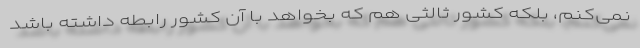
نمی‌کنم، بلکه کشور ثالثی هم که بخواهد با آن کشور رابطه داشته باشد